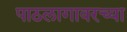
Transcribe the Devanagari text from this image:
पाठलागावरच्या